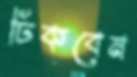
ঢিকবেন